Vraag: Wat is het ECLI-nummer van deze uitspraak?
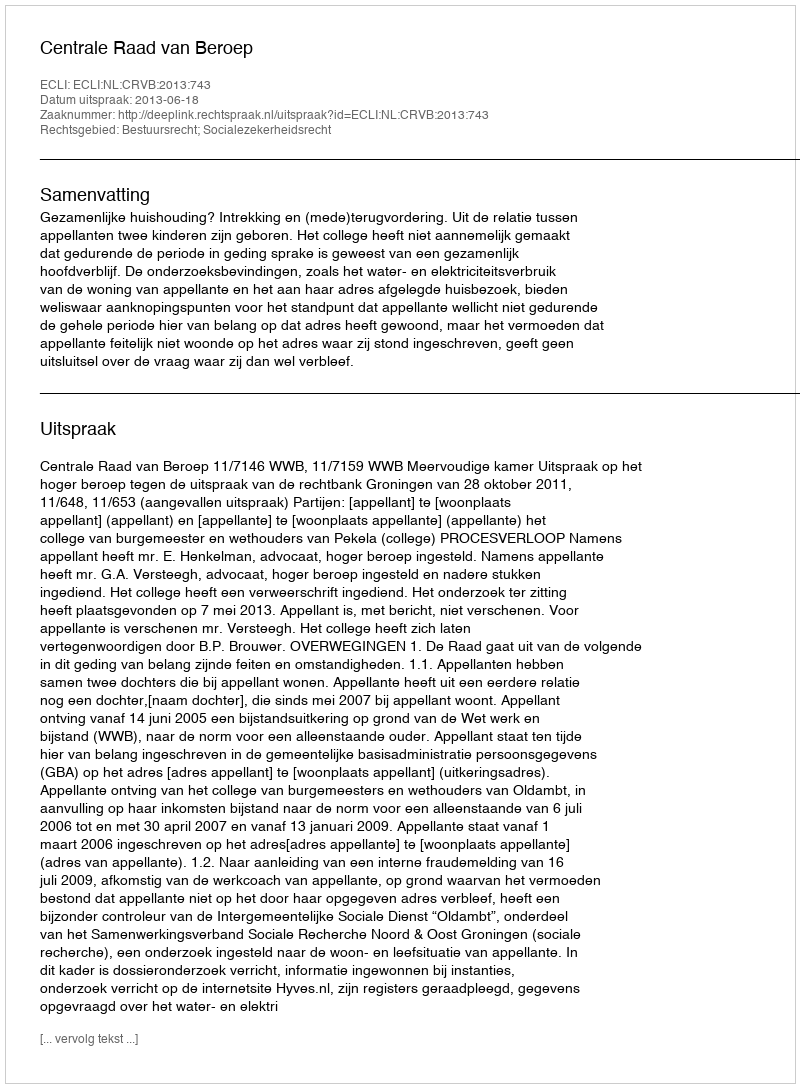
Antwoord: ECLI:NL:CRVB:2013:743